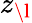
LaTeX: z_{\l}